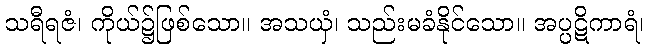
သရီရဇံ၊ ကိုယ်၌ဖြစ်သော။ အသယှံ၊ သည်းမခံနိုင်သော။ အပ္ပဋိကာရံ၊